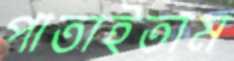
পাতাইতাম